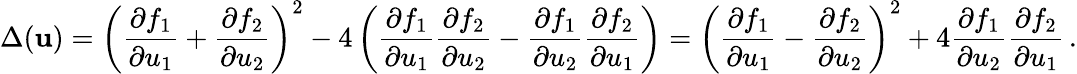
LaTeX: \Delta({\mathbf{u}})=\left(\frac{\partial f_{1}}{\partial u_{1}}+\frac{\partial f_{2}}{\partial u_{2}}\right)^{2}-4\left(\frac{\partial f_{1}}{\partial u_{1}}\frac{\partial f_{2}}{\partial u_{2}}-\frac{\partial f_{1}}{\partial u_{2}}\frac{\partial f_{2}}{\partial u_{1}}\right)=\left(\frac{\partial f_{1}}{\partial u_{1}}-\frac{\partial f_{2}}{\partial u_{2}}\right)^{2}+4\frac{\partial f_{1}}{\partial u_{2}}\frac{\partial f_{2}}{\partial u_{1}}\, .